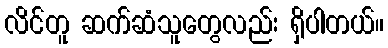
လိင်တူ ဆက်ဆံသူတွေလည်း ရှိပါတယ်။